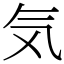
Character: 気